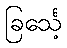
ခြင်္သေ့